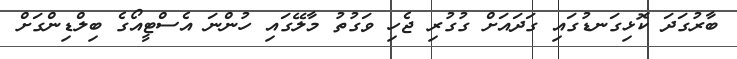
ބާރުގަދަ ކޮޅިގަނޑުގައި ގަދައަށް ގުގުރި ޖެހި ވަގުތު މާލޭގައި ހުންނަ އެސްޓީއޯގެ ބިލްޑިންގަށް